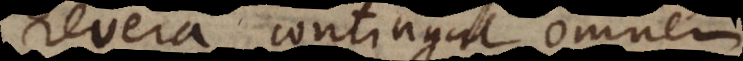
revera contingat omnem